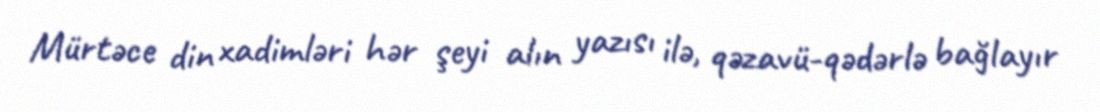
Mürtəce din xadimləri hər şeyi alın yazısı ilə, qəzavü-qədərlə bağlayır